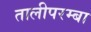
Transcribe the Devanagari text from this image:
तालीपरम्बा